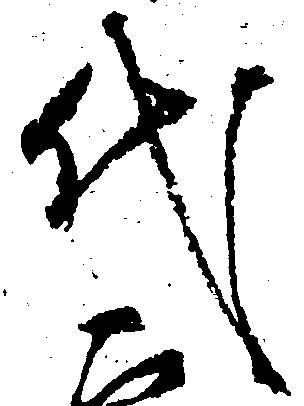
代